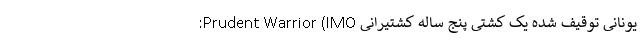
یونانی توقیف شده یک کشتی پنج ساله کشتیرانی Prudent Warrior (IMO: